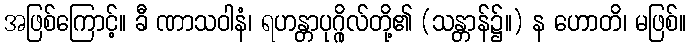
အဖြစ်ကြောင့်။ ခီ ဏာသဝါနံ၊ ရဟန္တာပုဂ္ဂိုလ်တို့၏ (သန္တာန်၌။) န ဟောတိ၊ မဖြစ်။